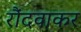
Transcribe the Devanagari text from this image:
रौंदवाकर